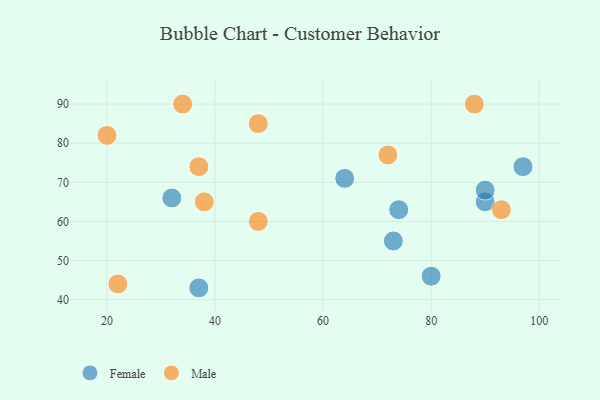
{"axis": {"x": "GDP", "y": "Life Expectancy"}, "legend": ["Female", "Male"], "data": [{"x": "90", "y": 65, "type": "Female"}, {"x": "74", "y": 63, "type": "Female"}, {"x": "90", "y": 68, "type": "Female"}, {"x": "80", "y": 46, "type": "Female"}, {"x": "37", "y": 43, "type": "Female"}, {"x": "97", "y": 74, "type": "Female"}, {"x": "32", "y": 66, "type": "Female"}, {"x": "73", "y": 55, "type": "Female"}, {"x": "64", "y": 71, "type": "Female"}, {"x": "37", "y": 74, "type": "Male"}, {"x": "20", "y": 82, "type": "Male"}, {"x": "48", "y": 85, "type": "Male"}, {"x": "93", "y": 63, "type": "Male"}, {"x": "22", "y": 44, "type": "Male"}, {"x": "88", "y": 90, "type": "Male"}, {"x": "72", "y": 77, "type": "Male"}, {"x": "34", "y": 90, "type": "Male"}, {"x": "38", "y": 65, "type": "Male"}, {"x": "48", "y": 60, "type": "Male"}]}